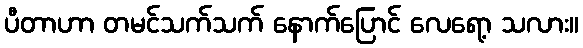
ပီတာဟာ တမင်သက်သက် နောက်ပြောင် လေရော့ သလား။